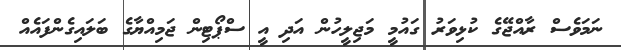
ނަމަވެސް ރާއްޖޭގެ ކުޅިވަރު ގައުމީ މަޖިލީހުން އަދި އީ ސްޕޯޓިން ޖަމިއްޔާގެ ބަލައިގެންފައެއް